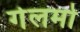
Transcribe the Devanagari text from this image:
गेलमो